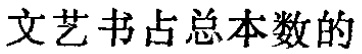
文艺书占总本数的